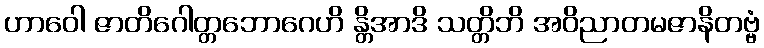
ဟာဝေါ ဇာတိဂေါတ္တဘောဂေဟိ န္တိအာဒိ သတ္တိဘိ အဝိညာတမဇာနိတဗ္ဗံ